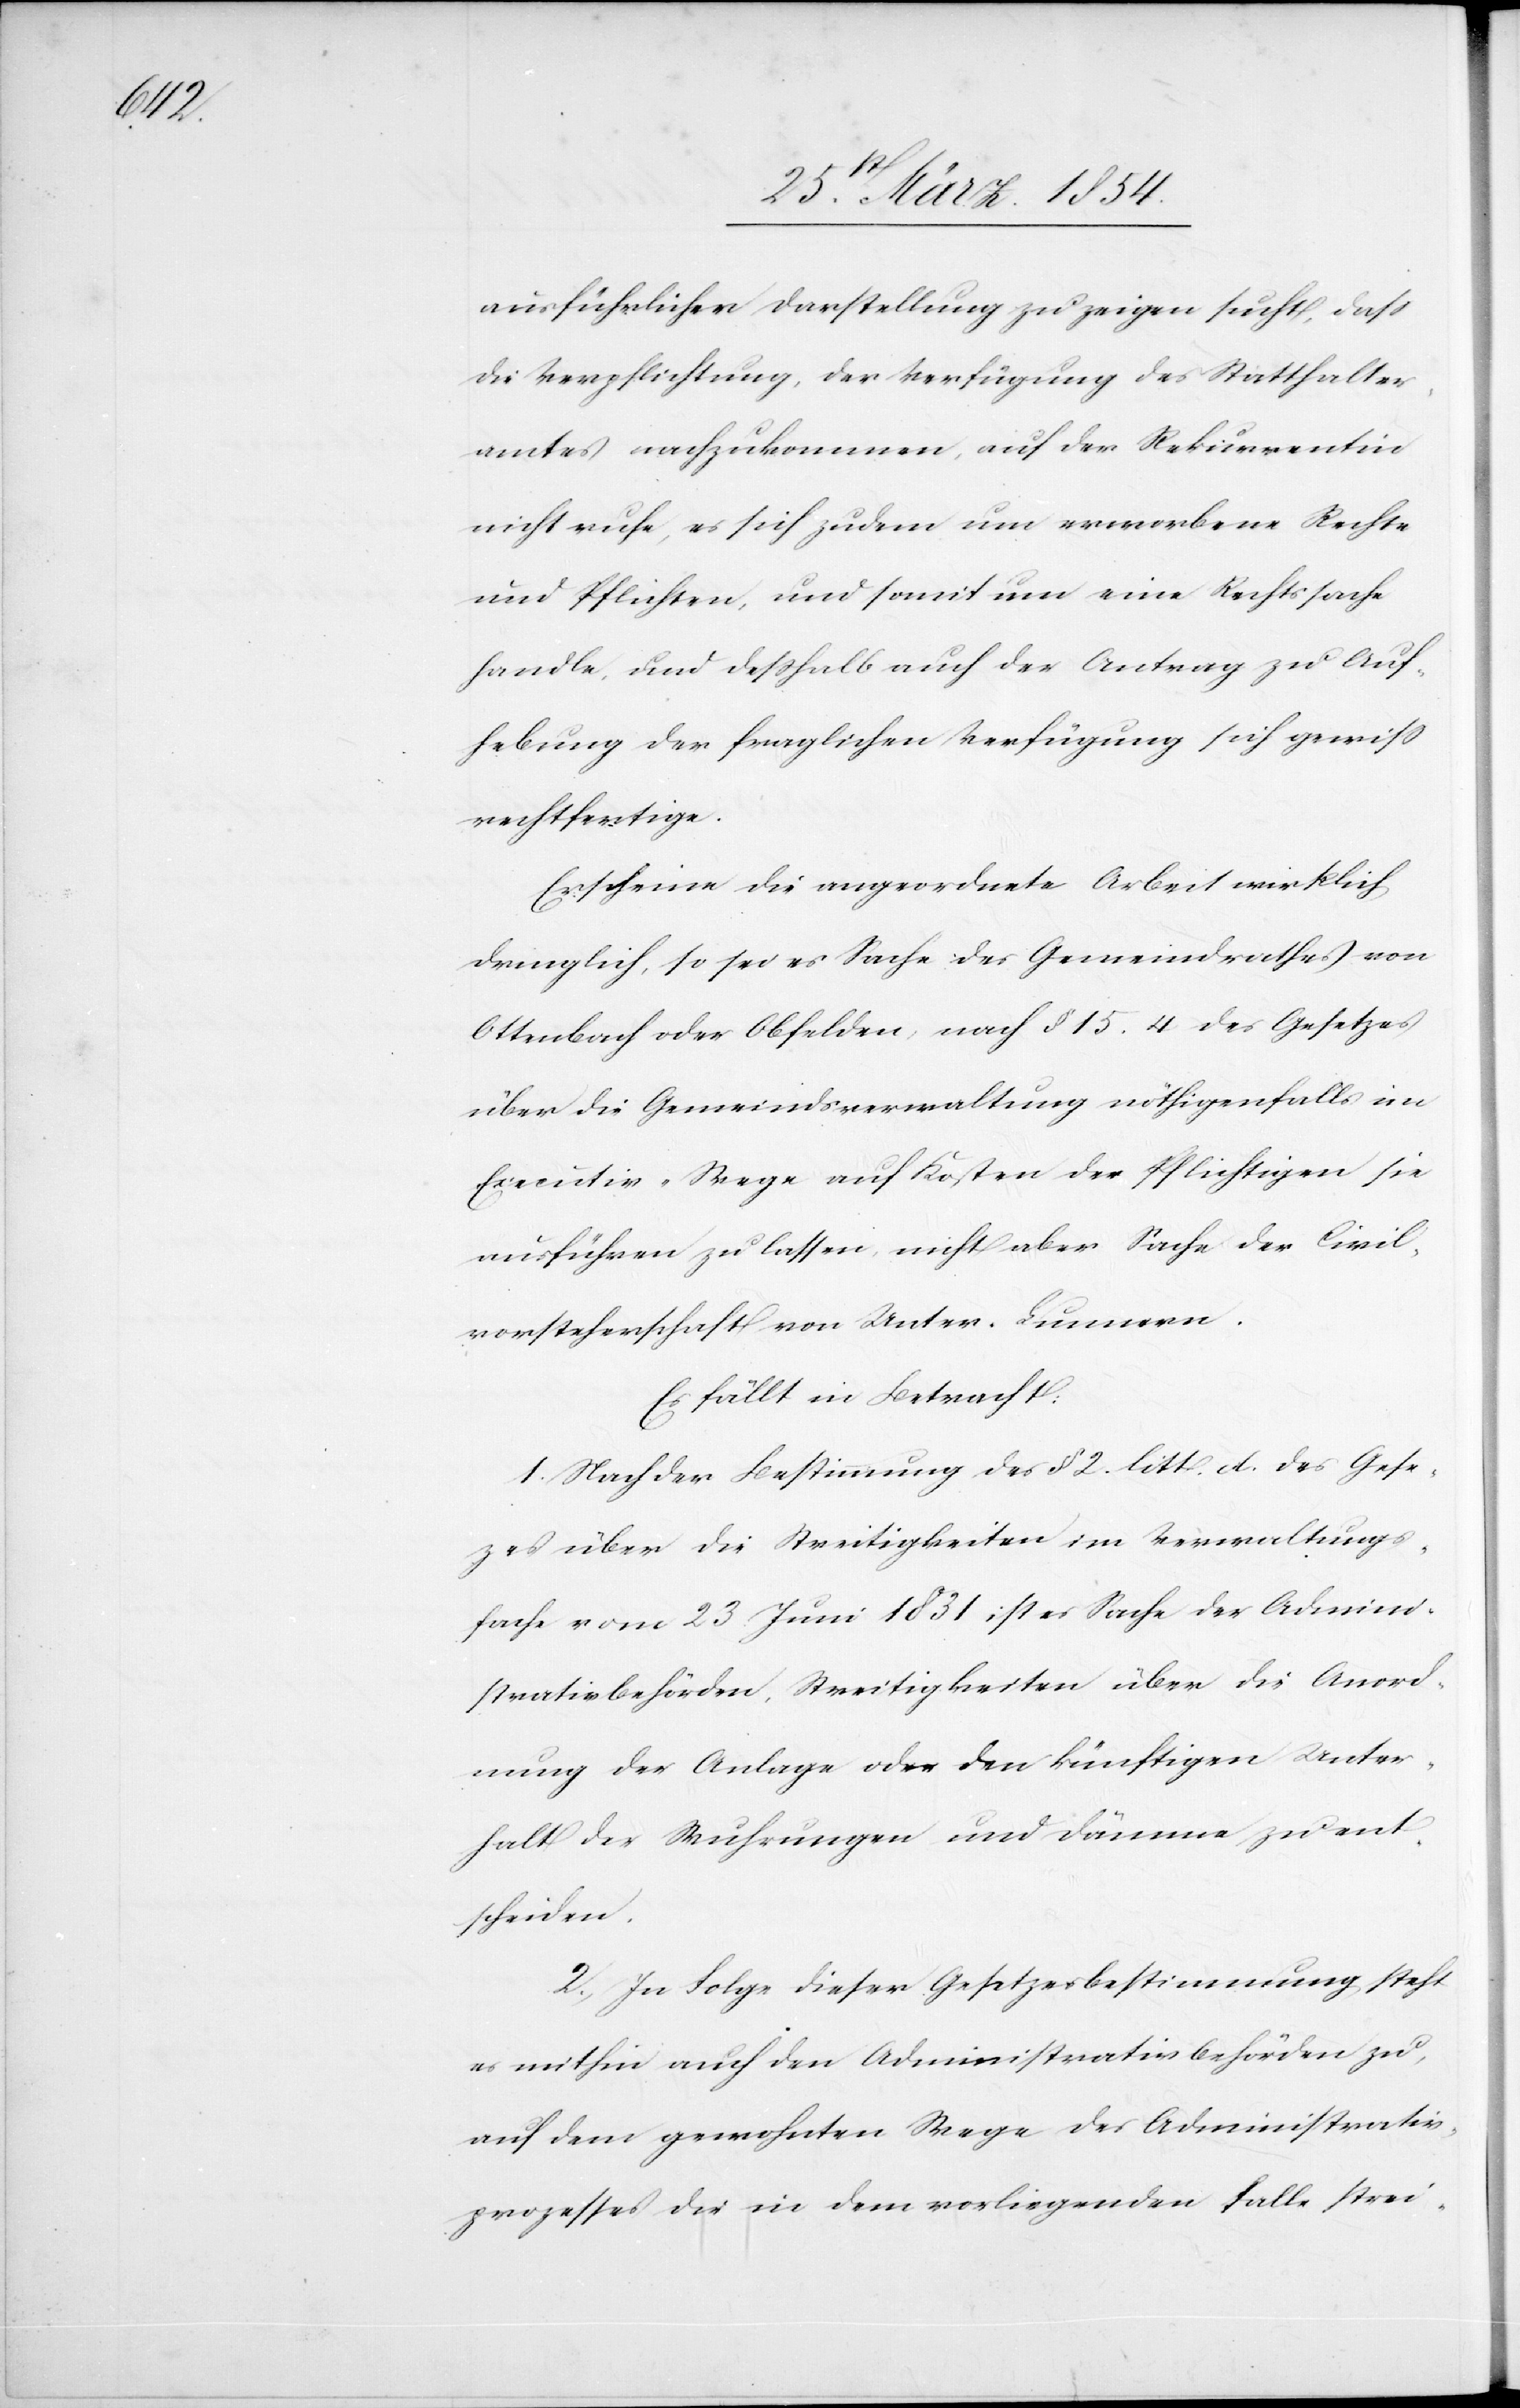
ausführlicher Darstellung zu zeigen sucht, daß
die Verpflichtung, der Verfügung des Statthalter¬
amtes nachzukommen, auf der Rekurrentin
nicht ruhe, es sich zudem um erworbene Rechte
und Pflichten, und somit um eine Rechtssache
handle, und deßhalb auch der Antrag zu Auf¬
hebung der fraglichen Verfügung sich gewiß
rechtfertige.
Erscheine die angeordnete Arbeit wirklich
dringlich, so sei es Sache des Gemeindrathes von
Ottenbach oder Obfelden, nach § 15.4 des Gesetzes
über die Gemeindsverwaltung nöthigenfalls im
Executiv-Wege auf Kosten der Pflichtigen sie
ausführen zu lassen, nicht aber Sache der Civil¬
vorsteherschaft von Unter-Lunnern.
Es fällt in Betracht:
1. Nach der Bestimmung des § 2. litt. A. des Geset¬
zes über die Streitigkeiten im Verwaltungs¬
fache vom 23. Juni 1831 ist es Sache der Admini¬
strativbehörden, Streitigkeiten über die Anord¬
nung der Anlage oder den künftigen Unter¬
halt der Wuhrungen und Dämme zu ent¬
scheiden.
2. In Folge dieser Gesetzesbestimmung steht
es mithin auch den Administrativbehörden zu,
auf dem gewohnten Wege des Administrativ¬
prozesses die in dem vorliegenden Falle strei-